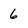
Character: 6